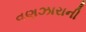
વણઝારાની